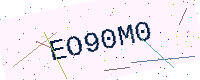
Text: EO90M0